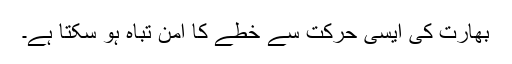
بھارت کی ایسی حرکت سے خطے کا امن تباہ ہو سکتا ہے۔